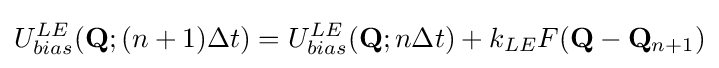
U_{bias}^{LE}(\mathbf {Q} ;(n+1)\Delta t)=U_{bias}^{LE}(\mathbf {Q} ;n\Delta t)+k_{LE}F(\mathbf {Q} -\mathbf {Q} _{n+1})